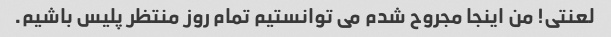
لعنتی! من اینجا مجروح شدم می توانستیم تمام روز منتظر پلیس باشیم.